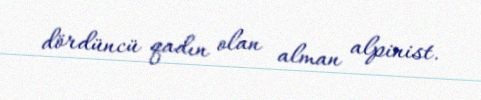
dördüncü qadın olan alman alpinist.